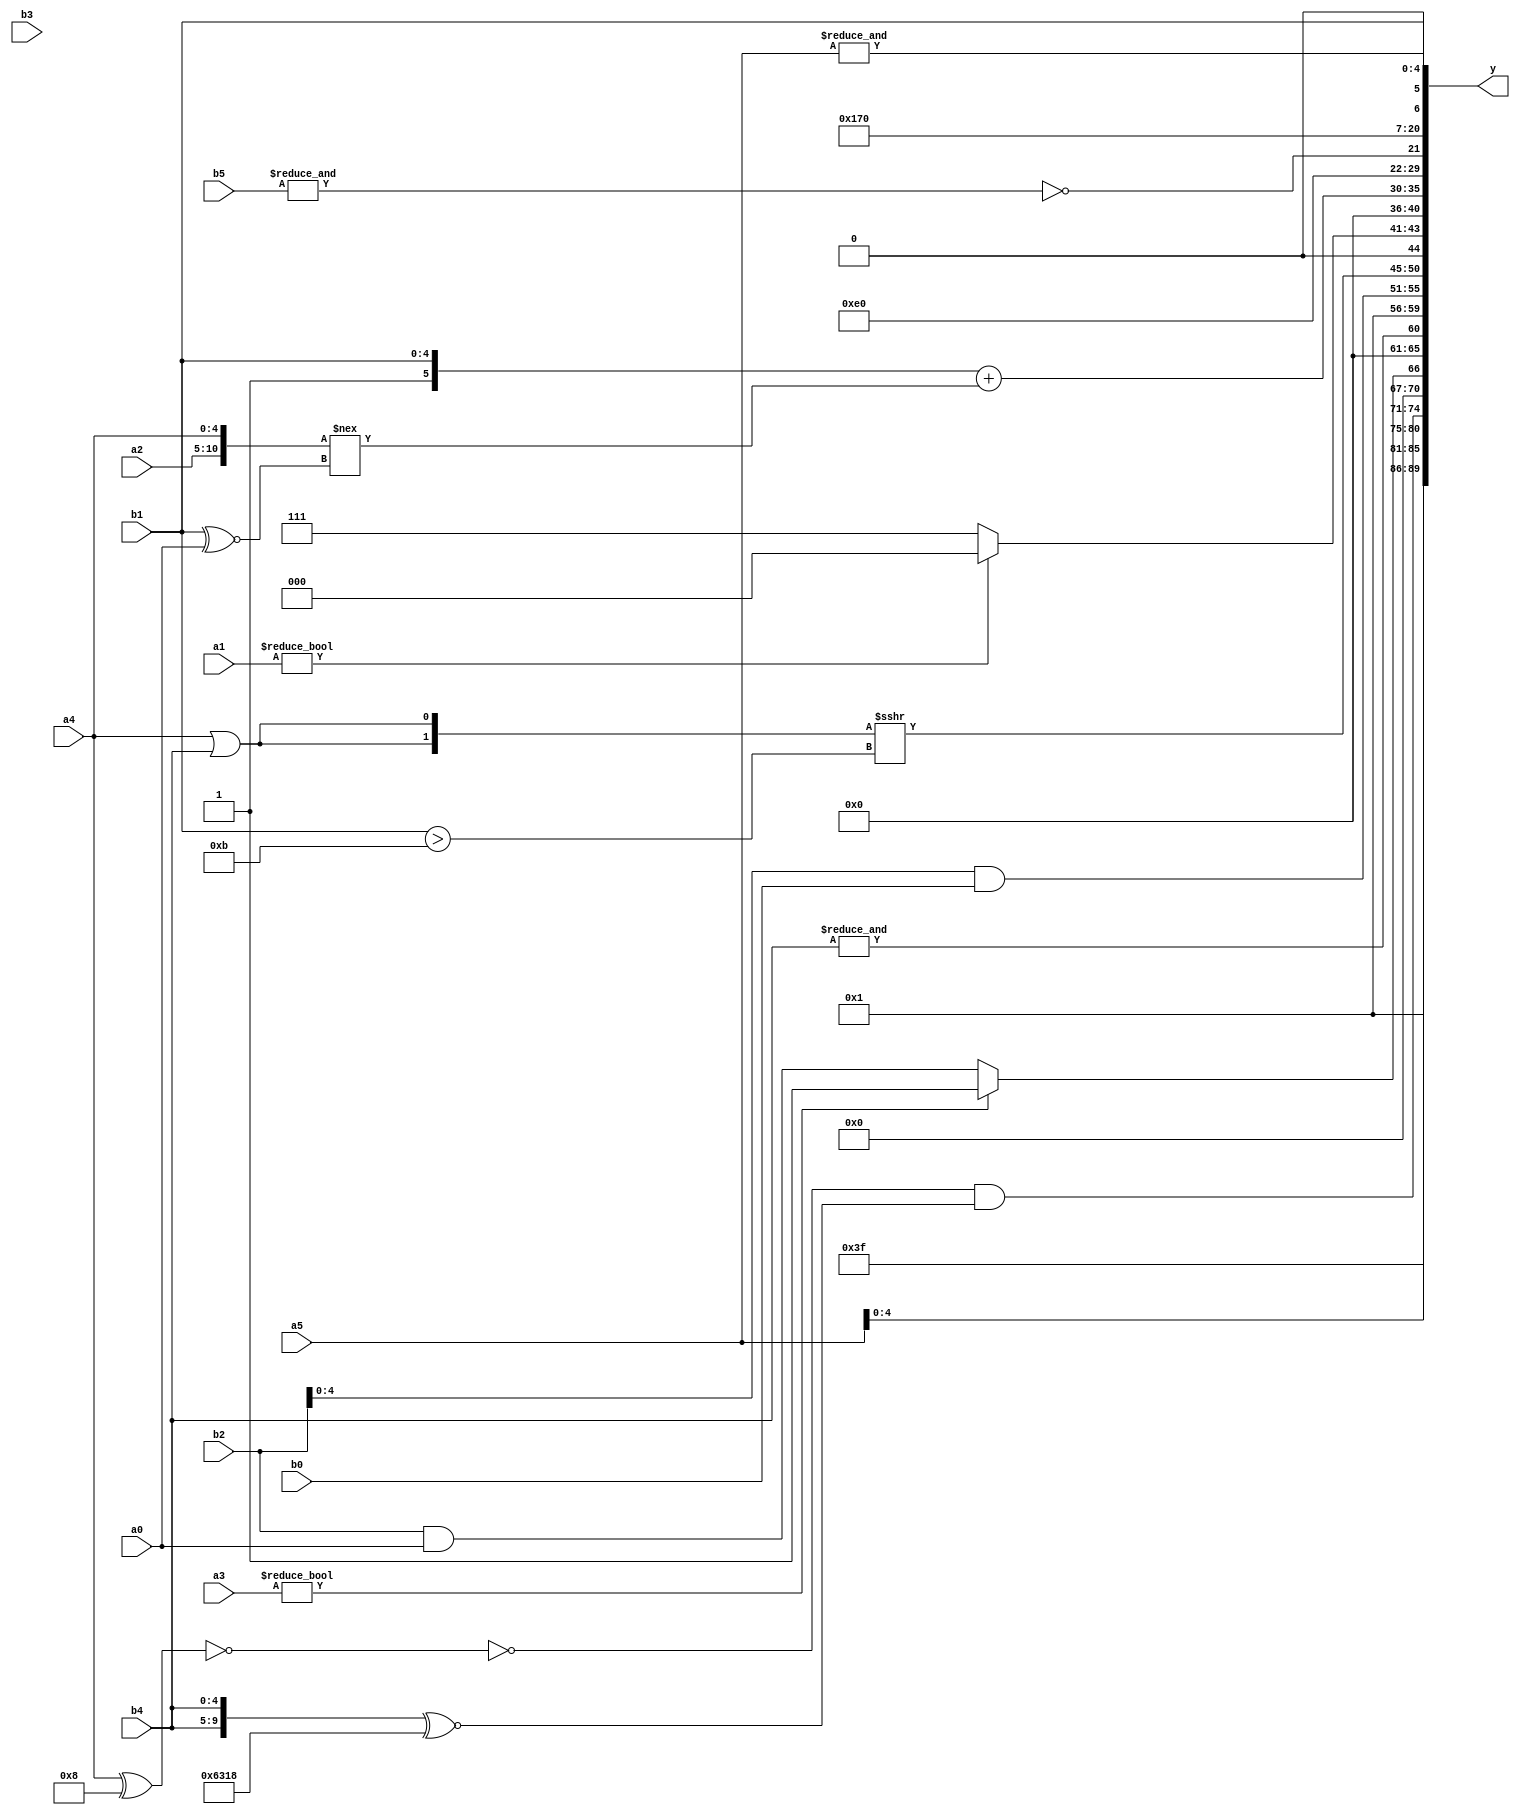
module expression_00938(a0, a1, a2, a3, a4, a5, b0, b1, b2, b3, b4, b5, y);
  input [3:0] a0;
  input [4:0] a1;
  input [5:0] a2;
  input signed [3:0] a3;
  input signed [4:0] a4;
  input signed [5:0] a5;

  input [3:0] b0;
  input [4:0] b1;
  input [5:0] b2;
  input signed [3:0] b3;
  input signed [4:0] b4;
  input signed [5:0] b5;

  wire [3:0] y0;
  wire [4:0] y1;
  wire [5:0] y2;
  wire signed [3:0] y3;
  wire signed [4:0] y4;
  wire signed [5:0] y5;
  wire [3:0] y6;
  wire [4:0] y7;
  wire [5:0] y8;
  wire signed [3:0] y9;
  wire signed [4:0] y10;
  wire signed [5:0] y11;
  wire [3:0] y12;
  wire [4:0] y13;
  wire [5:0] y14;
  wire signed [3:0] y15;
  wire signed [4:0] y16;
  wire signed [5:0] y17;

  output [89:0] y;
  assign y = {y0,y1,y2,y3,y4,y5,y6,y7,y8,y9,y10,y11,y12,y13,y14,y15,y16,y17};

  localparam [3:0] p0 = (5'd27);
  localparam [4:0] p1 = (5'd12);
  localparam [5:0] p2 = (~&(-5'sd12));
  localparam signed [3:0] p3 = ((&((5'd23)?(4'd13):(4'd12)))|(((-3'sd1)|(-2'sd1))>>((5'd26)?(3'd5):(2'sd0))));
  localparam signed [4:0] p4 = ({1{(~({1{((2'd2)<=(5'sd2))}}!==((2'sd1)^~(4'd0))))}}-((-((4'sd2)<(4'd6)))==((^(3'd0))==={4{(4'sd7)}})));
  localparam signed [5:0] p5 = ((((4'd12)?(3'd6):(5'd12))?((-3'sd1)+(4'd10)):((5'd19)!==(3'd0)))^(((3'd6)===(3'sd2))==((5'd16)||(4'd14))));
  localparam [3:0] p6 = ({3{(3'sd0)}}!==(-5'sd10));
  localparam [4:0] p7 = (+(^(4'sd0)));
  localparam [5:0] p8 = (3'd3);
  localparam signed [3:0] p9 = (!(-5'sd6));
  localparam signed [4:0] p10 = {(((2'd0)||(3'd0))+(~^(3'd6)))};
  localparam signed [5:0] p11 = (3'd7);
  localparam [3:0] p12 = {2{(((4'd6)==(-5'sd14))!==((2'd1)&&(3'sd3)))}};
  localparam [4:0] p13 = (-{2{(&(2'sd0))}});
  localparam [5:0] p14 = (4'd12);
  localparam signed [3:0] p15 = (-3'sd1);
  localparam signed [4:0] p16 = {1{(5'd2 * {(2'd0),(3'd1),(4'd12)})}};
  localparam signed [5:0] p17 = (((5'd7)?(3'sd3):(5'd8))>>((5'd13)?(3'd5):(5'd17)));

  assign y0 = ($signed((3'd2))!=(^(3'd5)));
  assign y1 = ({$unsigned({p11,b5,a5})});
  assign y2 = {2{{(p11?b3:p10),(p9>a4),{4{p15}}}}};
  assign y3 = ((+(!(!(+(a4^p16)))))&({2{b4}}^~{3{p16}}));
  assign y4 = ((b2?a3:a3)?(|(p12<<p4)):(b2&&a0));
  assign y5 = (&(&b4));
  assign y6 = (+((~^(p12<=p4))<<(3'sd0)));
  assign y7 = {{3{(b4>a1)}},{4{(b2&b0)}}};
  assign y8 = ({2{(a4||b4)}}>>>({b1}>(p0)));
  assign y9 = {4{(a1?p13:p11)}};
  assign y10 = (&((((p3?p1:p4)?(p11?p11:p11):(p13?p8:p8)))?($signed(p10)?(p14):(p2?p12:p7)):(-((|p7)?(p10):(p8?p4:p4)))));
  assign y11 = ({(p7!=p2),{p4,p1,p4},{p12,b1}}+({a2,a4}!==(b1^~a0)));
  assign y12 = (4'd14);
  assign y13 = $unsigned($unsigned($signed(((~&(({2{{2{b5}}}})))))));
  assign y14 = ((((a2!==b4)||{b3,a5,a5})<=((b3>>b3)===(a0<<a3)))!==$signed((4'd13)));
  assign y15 = ({p5,b4,a4}?{p0,p11}:(p8+p3));
  assign y16 = (|((~p2)?(&a5):(~|b0)));
  assign y17 = ((p9^~p7)?(p6?b1:p13):(b3?b3:p5));
endmodule